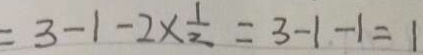
= 3 - 1 - 2 \times \frac { 1 } { 2 } = 3 - 1 - 1 = 1